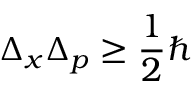
\Delta _ { x } \Delta _ { p } \geq { \frac { 1 } { 2 } } \hbar